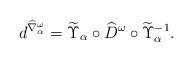
LaTeX: \begin{align*}d^{\widehat{\nabla}^{\omega}_{\alpha}}= \widetilde{\Upsilon}_{\alpha}\circ \widehat{D}^{\omega}\circ \widetilde{\Upsilon}^{-1}_{\alpha}.\end{align*}